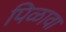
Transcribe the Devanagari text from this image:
पिळावा